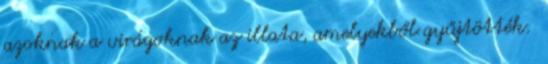
azoknak a virágoknak az illata, amelyekből gyűjtötték.